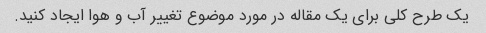
یک طرح کلی برای یک مقاله در مورد موضوع تغییر آب و هوا ایجاد کنید.